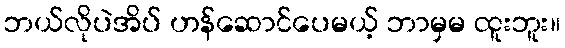
ဘယ်လိုပဲအိပ် ဟန်ဆောင်ပေမယ့် ဘာမှမ ထူးဘူး။